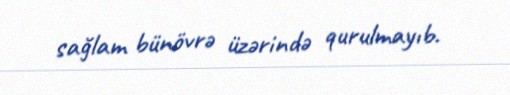
sağlam bünövrə üzərində qurulmayıb.